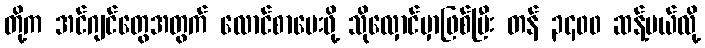
တို့က အင်ဂျင်တွေအတွက် လောင်စာပေးဖို့ သိုလှောင်မှာဖြစ်ပြီး တန် ၃၄၀၀ ဆန့်မယ်လို့